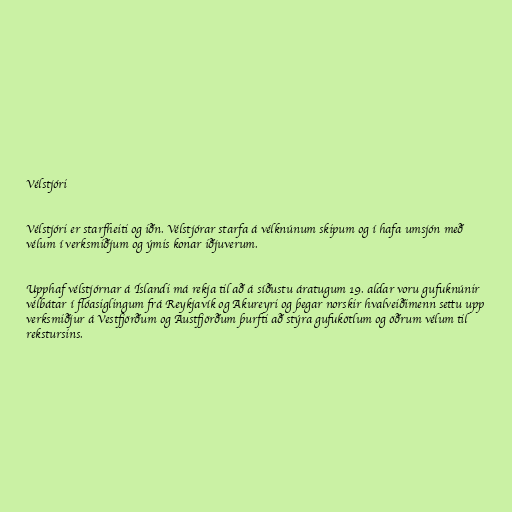
Vélstjóri

Vélstjóri er starfheiti og iðn. Vélstjórar starfa á vélknúnum skipum og í hafa umsjón með
vélum í verksmiðjum og ýmis konar iðjuverum.

Upphaf vélstjórnar á Íslandi má rekja til að á síðustu áratugum 19. aldar voru gufuknúnir
vélbátar í flóasiglingum frá Reykjavík og Akureyri og þegar norskir hvalveiðimenn settu upp
verksmiðjur á Vestfjörðum og Austfjörðum þurfti að stýra gufukötlum og öðrum vélum til
rekstursins.